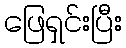
ဖြေရှင်းပြီး